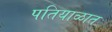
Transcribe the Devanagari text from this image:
पतियाळात